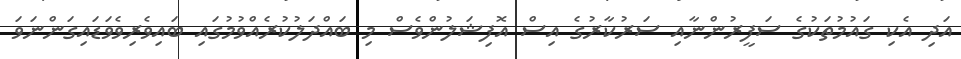
އަދި އެކި ގައުމުތަކުގެ ސަފީރުންނާއި ސަރުކާރުގެ އިސް އޮފިޝަލުންވެސް މި ބައްދަލުކުރެއްވުމުގައި ބައިވެރިވެވަޑައިގަންނަވަ